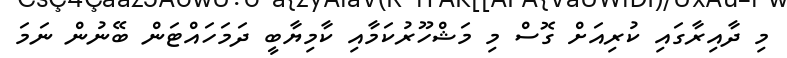
މި ދާއިރާގައި ކުރިއަށް ގޮސް މި މަޝްހޫރުކަމާއި ކާމިޔާބީ ދަމަހައްޓަން ބޭނުން ނަމަ